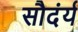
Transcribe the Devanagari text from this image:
सौदंर्य